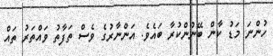
ހުންނަ މަޑު ކާން ބޭނުންކުރާ ބައެވެ. އަންނާރުގެ ވެސް ތަފާތު ވައްތަރު ތައް